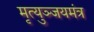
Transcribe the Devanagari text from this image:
मृत्युञ्जयमंत्र